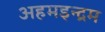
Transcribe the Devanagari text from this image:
अहमइन्द्रम